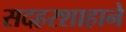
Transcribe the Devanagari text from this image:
सदहरशाहाने